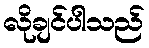
လိုချင်ပါသည်